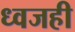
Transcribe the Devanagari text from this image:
ध्वजही